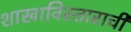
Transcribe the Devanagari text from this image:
शाखाविस्ताराची